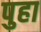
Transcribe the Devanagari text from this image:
पुहा